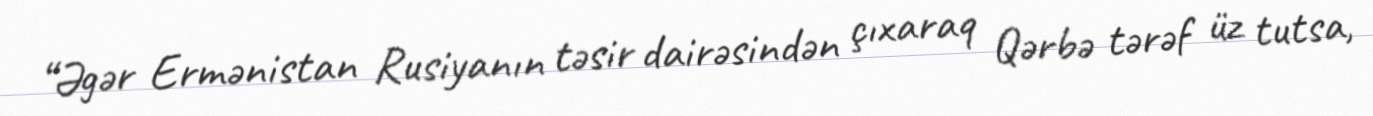
“Əgər Ermənistan Rusiyanın təsir dairəsindən çıxaraq Qərbə tərəf üz tutsa,